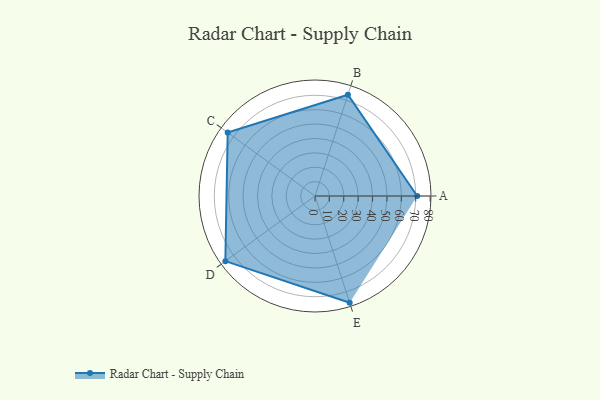
{"axis": {"x": "Skill", "y": "Score"}, "legend": ["Profile"], "data": [{"x": "A", "y": 71.0, "type": "Profile"}, {"x": "B", "y": 74.0, "type": "Profile"}, {"x": "C", "y": 75.0, "type": "Profile"}, {"x": "D", "y": 77.0, "type": "Profile"}, {"x": "E", "y": 78.0, "type": "Profile"}]}